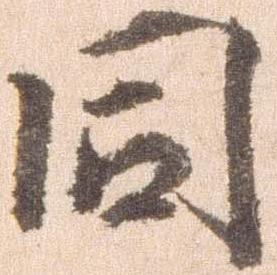
同